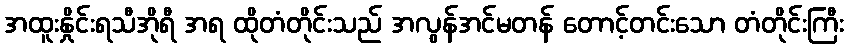
အထူးနှိုင်းရသီအိုရီ အရ ထိုတံတိုင်းသည် အလွန်အင်မတန် တောင့်တင်းသော တံတိုင်းကြီး